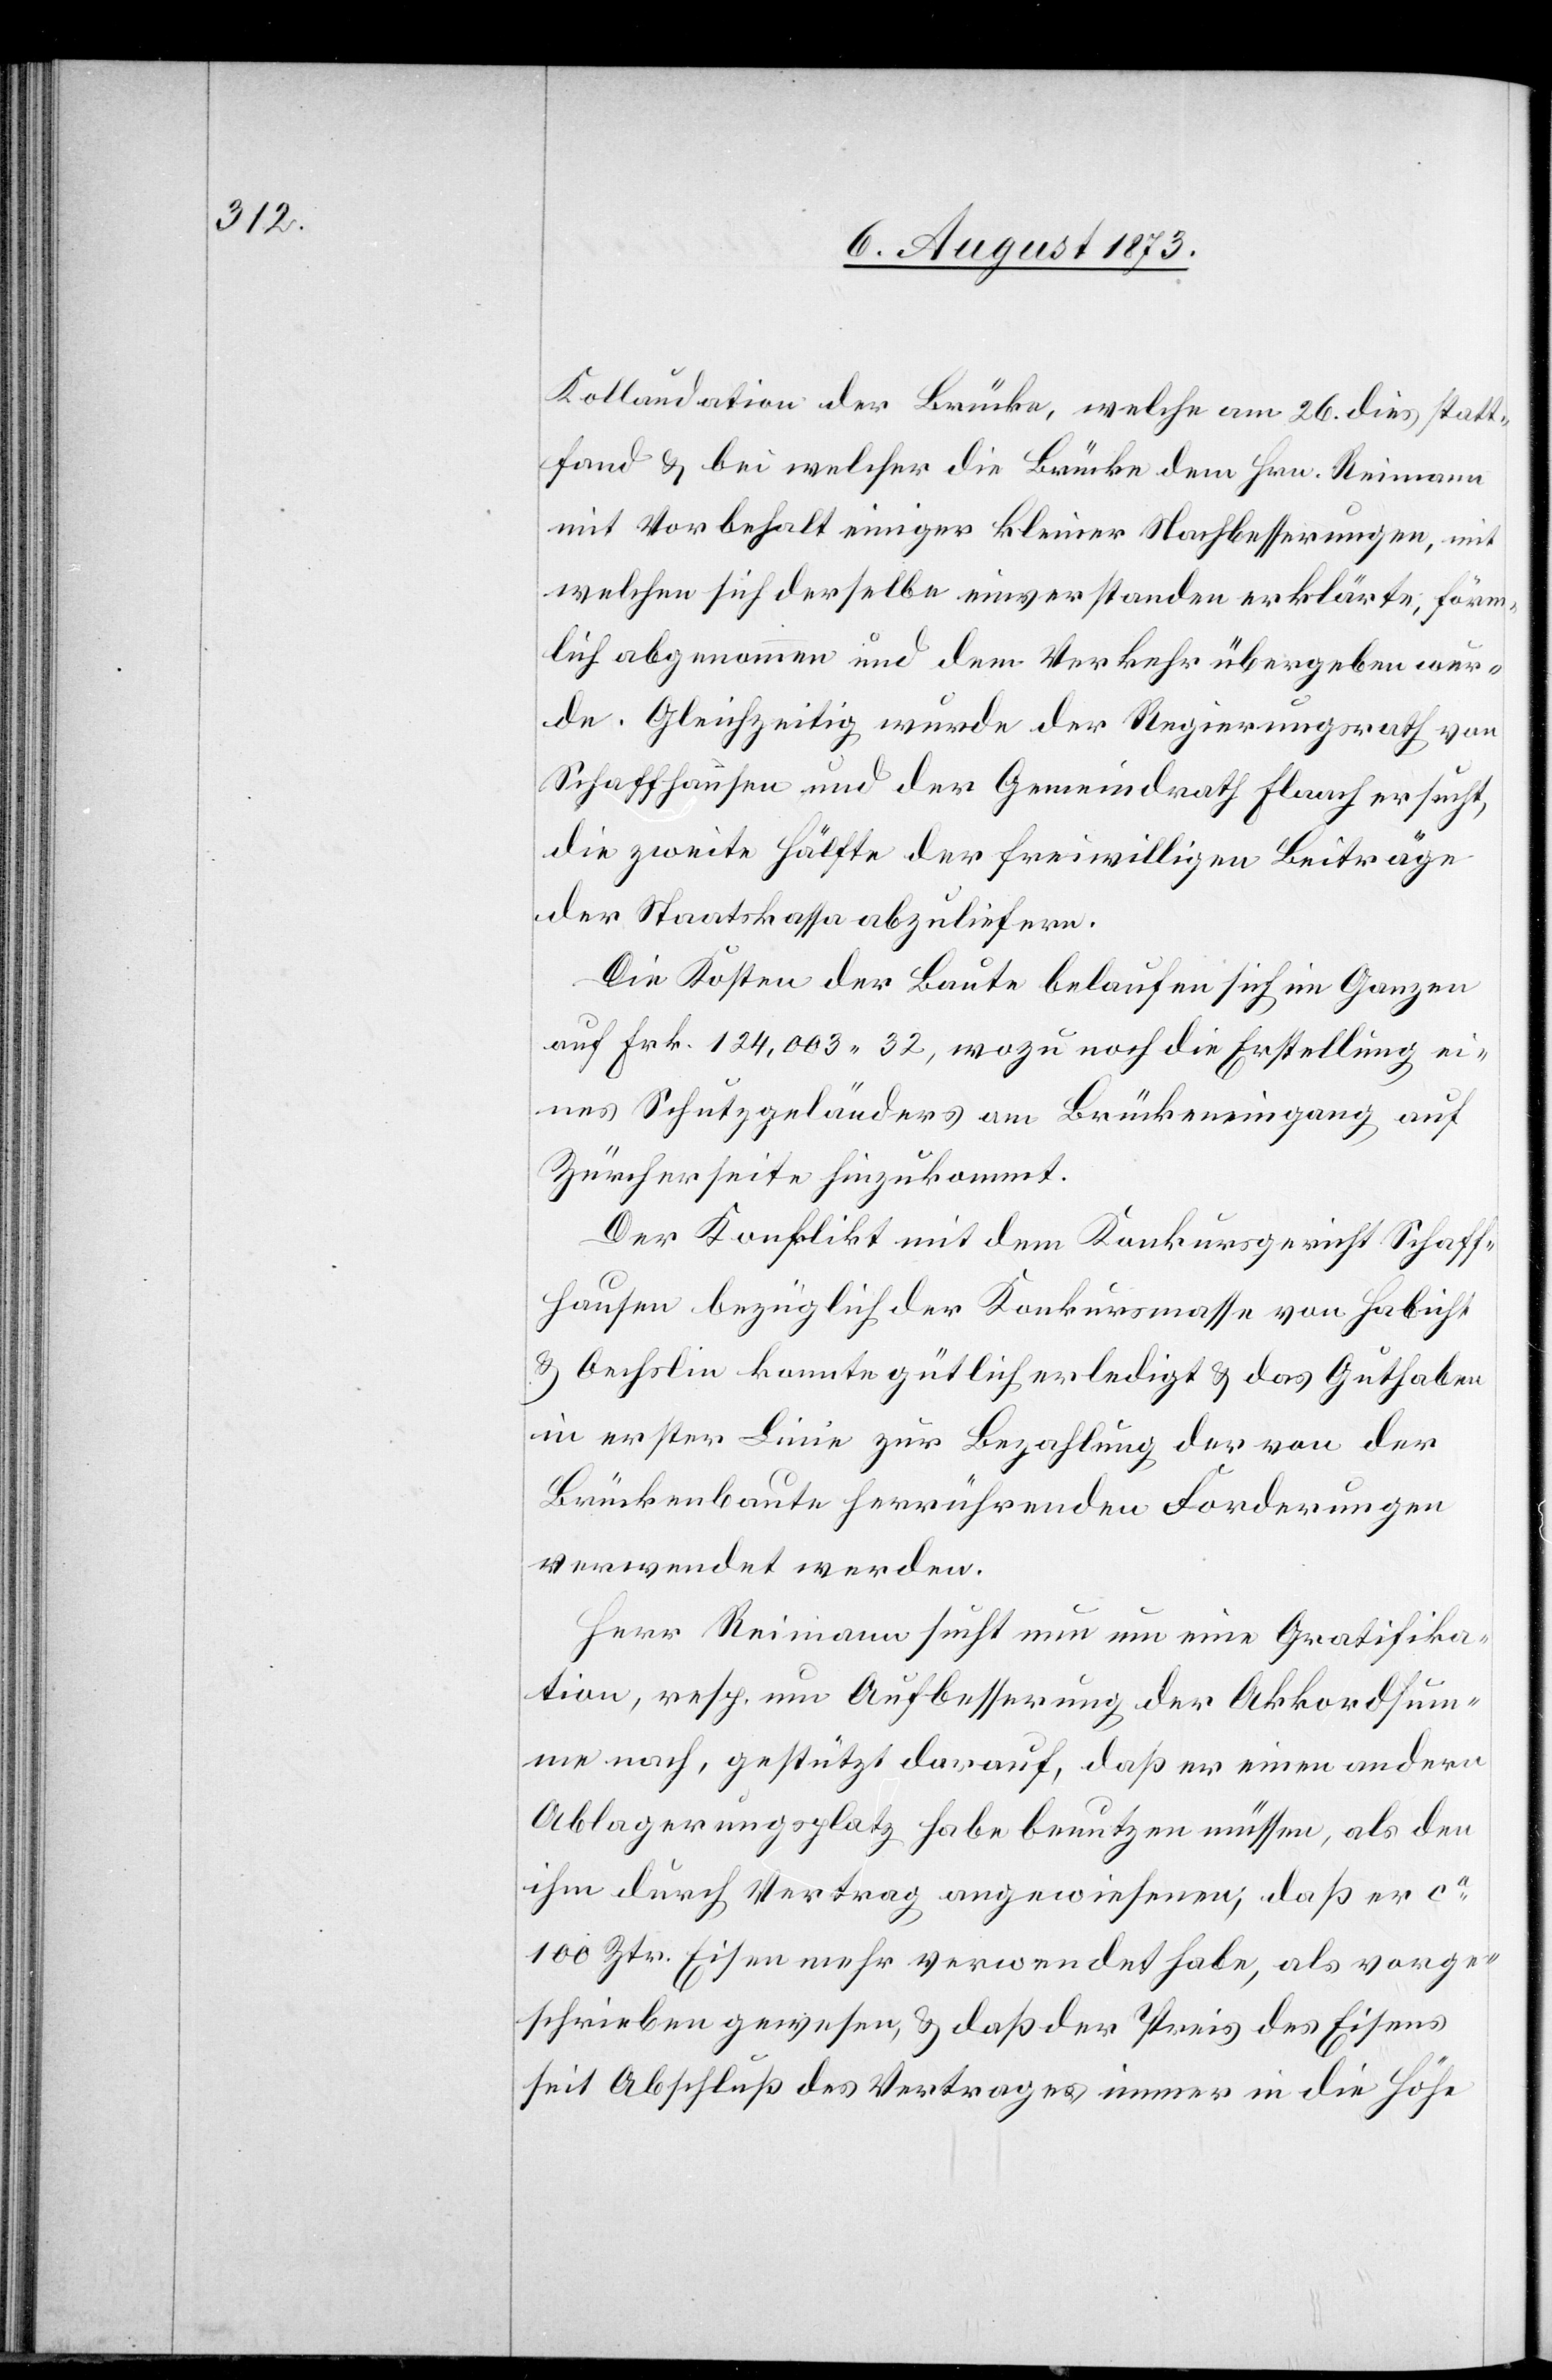
Kollaudation der Brücke, welche am 26. dies statt¬
fand & bei welcher die Brücke dem Hrn. Reimann
mit Vorbehalt einiger kleiner Nachbesserungen, mit
welchen sich derselbe einverstanden erklärte, förm¬
lich abgenommen und dem Verkehr übergeben wur¬
de. Gleichzeitig wurde der Regierungsrath von
Schaffhausen und der Gemeindrath Flaach ersucht,
die zweite Hälfte der freiwilligen Beiträge
der Staatskassa abzuliefern.
Die Kosten der Baute belaufen sich im Ganzen
auf Frk. 124,003 32, wozu noch die Erstellung ei¬
nes Schutzgeländers am Brückeneingang auf
Zürcherseite hinzukommt.
Der Konflikt mit dem Konkursgericht Schaff¬
hausen bezüglich der Konkursmasse von Habicht
& Oechslin konnte gütlich erledigt & das Guthaben
in erster Linie zur Bezahlung der von der
Brückenbaute herrührenden Forderungen
verwendet werden.
Herr Reimann sucht nun um eine Gratifika¬
tion, resp. um Aufbesserung der Akkordsum¬
me nach, gestützt darauf, daß er einen andern
Ablagerungsplatz habe benutzen müssen, als den
ihm durch Vertrag angewiesenen, daß er ca
100 Ztr. Eisen mehr verwendet habe, als vorge¬
schrieben gewesen, & daß der Preis des Eisens
seit Abschluß des Vertrages immer in die Höhe